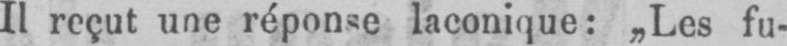
Il reçut une réponse laconique: „Les fu-